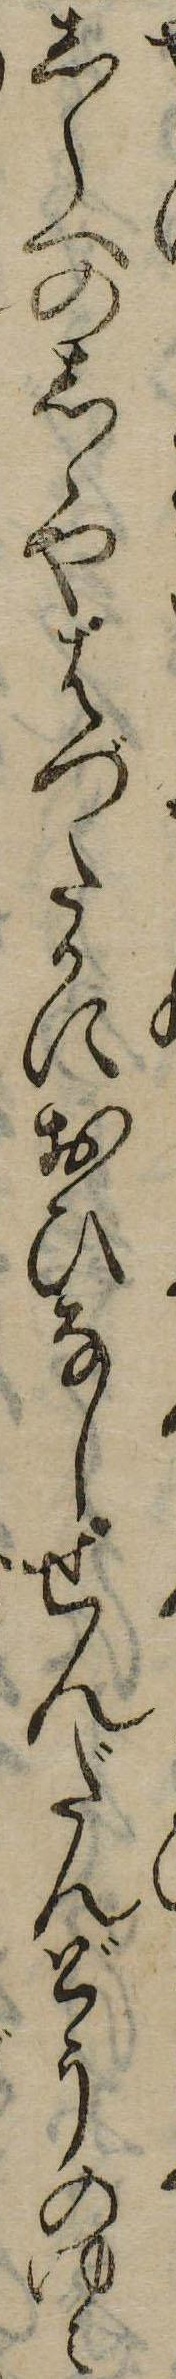
しらへのしゝやはづたかにおひなしせんだんどうのゆみ